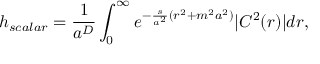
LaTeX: h _ { s c a l a r } = \frac { 1 } { a ^ { D } } \int _ { 0 } ^ { \infty } e ^ { - \frac { s } { a ^ { 2 } } ( r ^ { 2 } + m ^ { 2 } a ^ { 2 } ) } | C ^ { 2 } ( r ) | d r ,